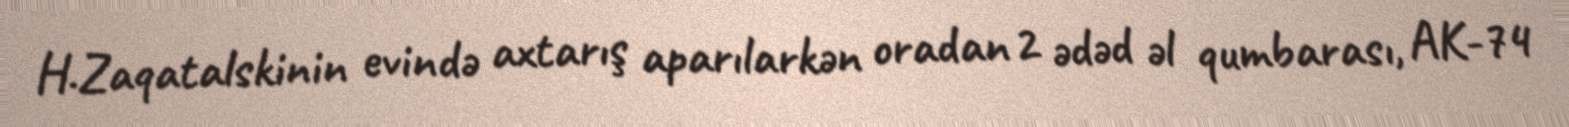
H.Zaqatalskinin evində axtarış aparılarkən oradan 2 ədəd əl qumbarası, AK-74